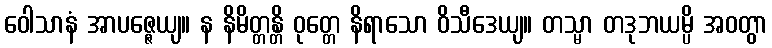
ဝေါသာနံ အာပဇ္ဇေယျ။ န နိမိတ္တန္တိ ဝုတ္တေ နိရာသော ဝိသီဒေယျ။ တသ္မာ တဒုဘယမ္ပိ အဝတွာ